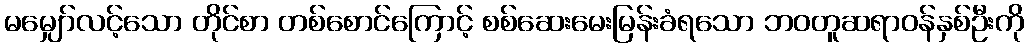
မမျှော်လင့်သော တိုင်စာ တစ်စောင်ကြောင့် စစ်ဆေးမေးမြန်းခံရသော ဘဝတူဆရာဝန်နှစ်ဦးကို